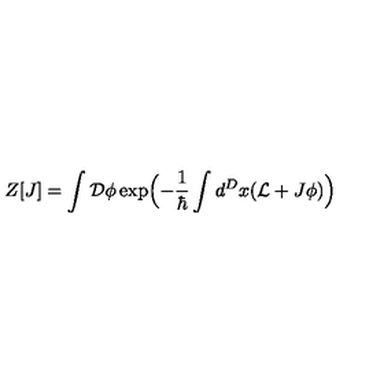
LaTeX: Z [ J ] = \int { \cal D } \phi \exp \Bigl ( - \frac { 1 } { \hbar } \int d ^ { D } x ( { \cal L } + J \phi ) \Bigr )